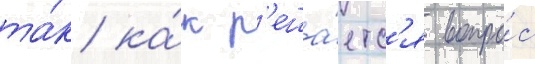
та́к ка́к р'еша́етс'я вопро́с